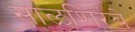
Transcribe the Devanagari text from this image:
साळशिरंबे